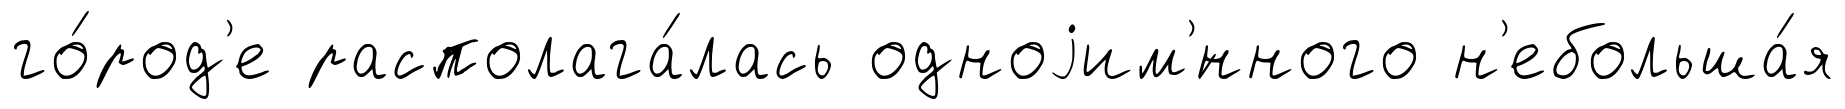
го́род'е располага́лась одноjим'́нного н'ебольша́я